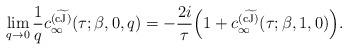
LaTeX: \begin{align*} \lim_{q \to 0} {1 \over q} c_\infty^{(\widetilde{\rm cJ)}}(\tau;\beta,0,q) = - {2 i \over \tau} \Big ( 1 + c_\infty^{(\widetilde{\rm cJ)}}(\tau;\beta,1,0) \Big ).\end{align*}